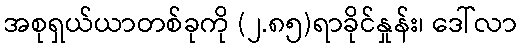
အစုရှယ်ယာတစ်ခုကို (၂.၈၅)ရာခိုင်နှုန်း၊ ဒေါ်လာ